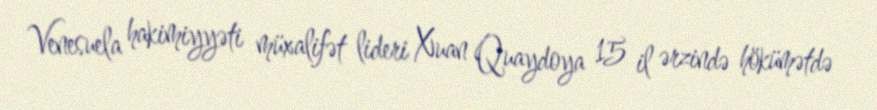
Venesuela hakimiyyəti müxalifət lideri Xuan Quaydoya 15 il ərzində hökümətdə